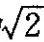
(3)求取到的两点间的距离为 $$\sqrt{2}$$ 的概率。